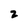
Character: 2